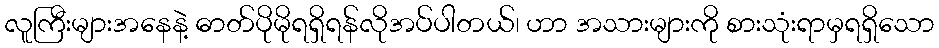
လူကြီးများအနေနဲ့ ဓာတ်ပိုမိုရရှိရန်လိုအပ်ပါတယ်၊ ဟာ အသားများကို စားသုံးရာမှရရှိသော